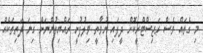
މި ގެތައް ވެސް ރަޖިސްޓްރީކޮށް ދީފައި ނުވާތީ ވިލުފުށީ ރައްޔިތުންނަށް ގިނަ ދަތިތަކެއް